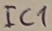
Text: IC1